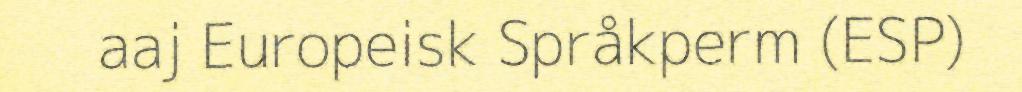
aaj Europeisk Språkperm (ESP)